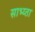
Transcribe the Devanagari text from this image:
साभ्य्ता